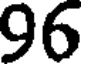
96